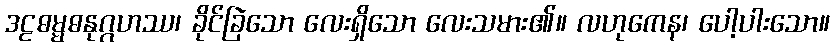
ဒဠဓမ္မဓနုဂ္ဂဟဿ၊ ခိုင်ခြဲသော လေးရှိသော လေးသမား၏။ လဟုကေန၊ ပေါ့ပါးသော။